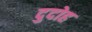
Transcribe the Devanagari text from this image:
दुदोह